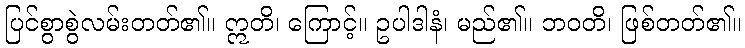
ပြင်စွာစွဲလမ်းတတ်၏။ ဣတိ၊ ကြောင့်။ ဥပါဒါနံ၊ မည်၏။ ဘဝတိ၊ ဖြစ်တတ်၏။